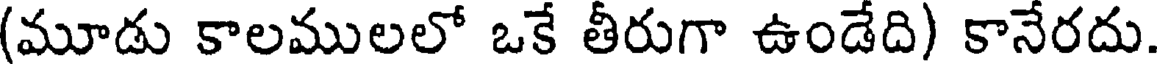
(మూడు కాలములలో ఒకే తీరుగా ఉండేది) కానేరదు